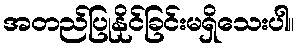
အတည်ပြုနိုင်ခြင်းမရှိသေးပါ။